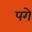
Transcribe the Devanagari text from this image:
पगे